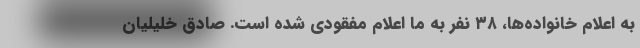
به اعلام خانواده‌ها، ۳۸ نفر به ما اعلام مفقودی شده است. صادق خلیلیان